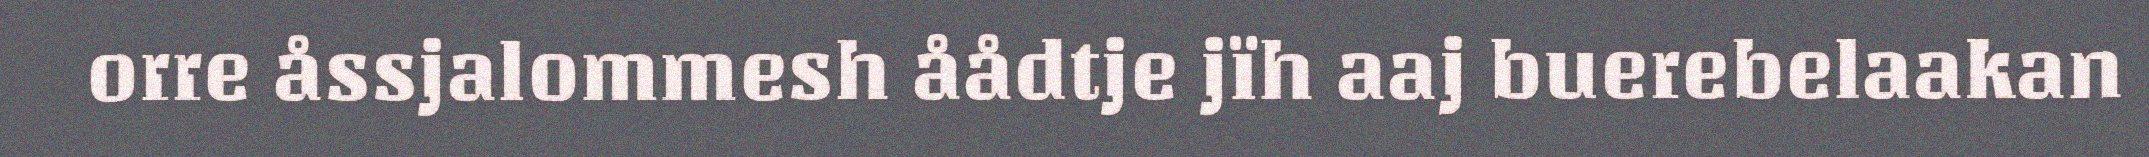
orre åssjalommesh åådtje jïh aaj buerebelaakan